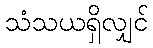
သံသယရှိလျှင်